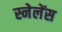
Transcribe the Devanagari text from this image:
स्नेलेंस